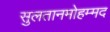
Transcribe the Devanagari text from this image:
सुलतानमोहम्मद